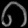
Digit: ၈